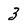
Character: 3